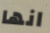
انها